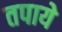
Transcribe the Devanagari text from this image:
तपाये